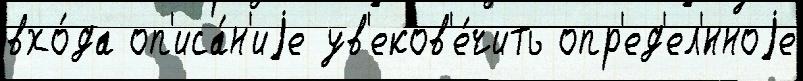
вхо́да оп'иса́н'иjе ув'еков'е́чить опр'ед'ел'́нноjе